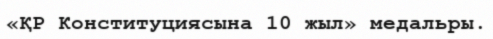
«ҚР Конституциясына 10 жыл» медальры.